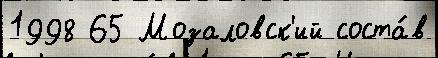
1998 65 Мозаловск'ий соста́в